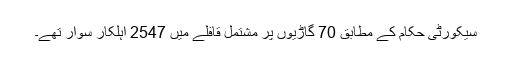
سیکورٹی حکام کے مطابق 70 گاڑیوں پر مشتمل قافلے میں 2547 اہلکار سوار تھے۔